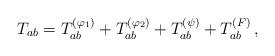
LaTeX: \begin{align*}T_{ab} = T_{ab}^{(\varphi_1)} + T_{ab}^{(\varphi_2)} + T_{ab}^{(\psi)} +T_{ab}^{(F)} \,,\end{align*}